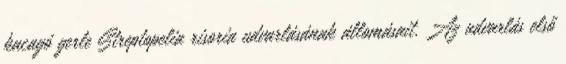
kacagó gerle Streptopelia risoria udvarlásának állomásait. Az udvarlás első